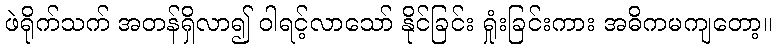
ဖဲရိုက်သက် အတန်ရှိလာ၍ ဝါရင့်လာသော် နိုင်ခြင်း ရှုံးခြင်းကား အဓိကမကျတော့။